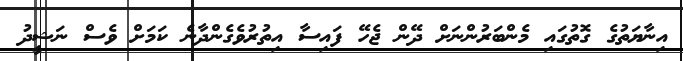
އިނާޔަތުގެ ގޮތުގައި މެންބަރުންނަށް ދޭން ޖެހޭ ފައިސާ އިތުރުވެގެންދާނެ ކަމަށް ވެސް ނަޝީދު